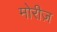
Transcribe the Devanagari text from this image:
मोरीज़